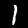
Label: 1